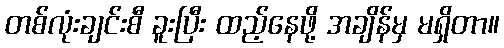
တစ်လုံးချင်းစီ ခူးပြီး ထည့်နေဖို့ အချိန်မှ မရှိတာ။